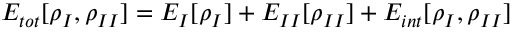
E _ { t o t } [ \rho _ { I } , \rho _ { I I } ] = E _ { I } [ \rho _ { I } ] + E _ { I I } [ \rho _ { I I } ] + E _ { i n t } [ \rho _ { I } , \rho _ { I I } ]